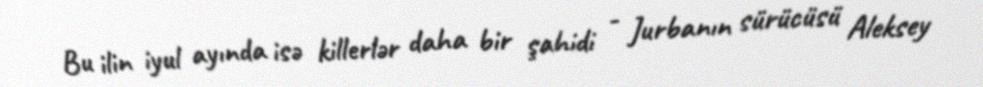
Bu ilin iyul ayında isə killerlər daha bir şahidi - Jurbanın sürücüsü Aleksey